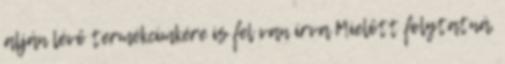
alján lévő termékcímkére is fel van írva Mielőtt folytatná,